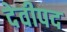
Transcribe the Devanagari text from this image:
देवीपद